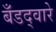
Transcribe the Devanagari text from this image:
बँडद्वारे